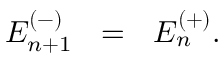
E _ { n + 1 } ^ { ( - ) } ~ ~ = ~ ~ E _ { n } ^ { ( + ) } .